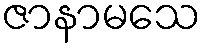
ဇာနာမသေ